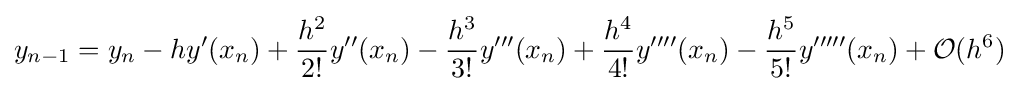
y_{n-1}=y_{n}-hy'(x_{n})+{\frac {h^{2}}{2!}}y''(x_{n})-{\frac {h^{3}}{3!}}y'''(x_{n})+{\frac {h^{4}}{4!}}y''''(x_{n})-{\frac {h^{5}}{5!}}y'''''(x_{n})+{\mathcal {O}}(h^{6})